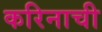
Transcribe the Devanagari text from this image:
करिनाची